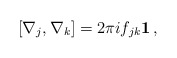
\begin{align*}[\nabla_{j}, \nabla_{k}] = 2\pi i f_{jk}{\bf 1} \, ,\end{align*}